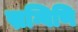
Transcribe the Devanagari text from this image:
स्रग्विणि